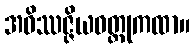
အဝိဿဇ္ဇိယဝတ္ထုကထာ။